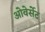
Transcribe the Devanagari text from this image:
ओवेर्सेट